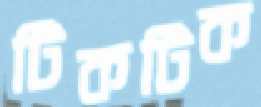
টিকটিক